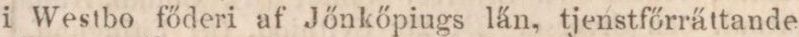
i Westbo főderi af Jönkőpiugs län, tjenstfőrrättande